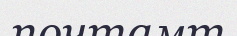
почтамт